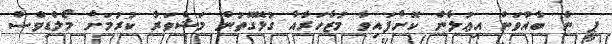
ޕީ ން ބާއްވަން އިޢުލާން ކޮށްފައިވާ މުޒާހަރާއާ ގުޅޭގޮތުން މަޝްވަރާ ކުރުމަށް މޯލްޑިވްސް